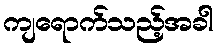
ကျရောက်သည့်အခါ